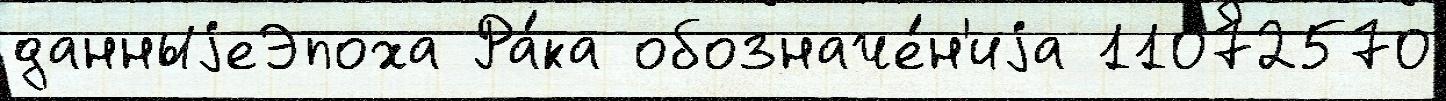
данныjеЭпоха Ра́ка обозначе́н'иjа 11072570